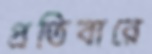
প্রতিবারে